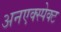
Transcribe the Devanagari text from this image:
अनएक्स्पेक्ट